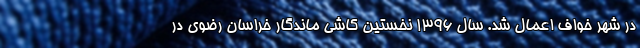
در شهر خواف اعمال شد. سال ۱۳۹۶ نخستین کاشی ماندگار خراسان رضوی در